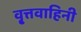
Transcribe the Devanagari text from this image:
वृ्त्तवाहिनी